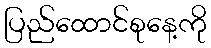
ပြည်ထောင်စုနေ့ကို